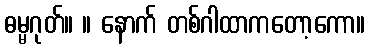
ဓမ္မဂုတ်။ ။ နောက် တစ်ဂါထာကတော့ကော။